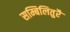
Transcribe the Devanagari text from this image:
सम्बिलितुरै